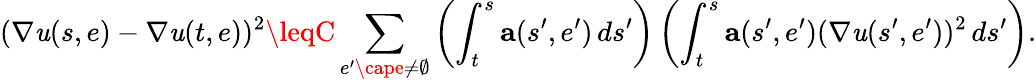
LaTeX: (\nabla\mathit{u}(s,e)-\nabla\mathit{u}(t,e))^{2}\leqC\sum_{e^{\prime}\cape\neq\emptyset}\left(\int_{t}^{s}\mathbf{{a}}(s^{\prime},e^{\prime})\, ds^{\prime}\right)\left(\int_{t}^{s}\mathbf{{a}}(s^{\prime},e^{\prime})(\nabla\mathit{u}(s^{\prime},e^{\prime}))^{2}\, ds^{\prime}\right).